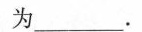
为___ 。